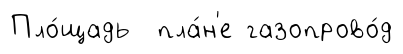
Пло́щадь пла́н'е газопрово́д